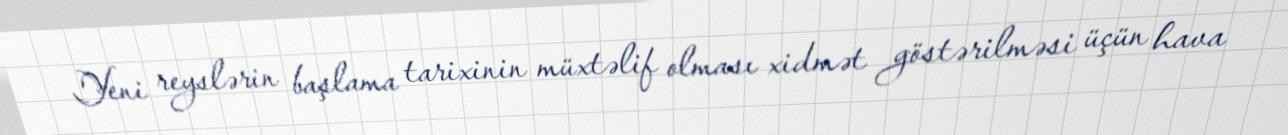
Yeni reyslərin başlama tarixinin müxtəlif olması xidmət göstərilməsi üçün hava